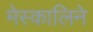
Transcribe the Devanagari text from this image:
मेस्कालिने